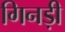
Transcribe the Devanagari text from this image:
गिनड़ी